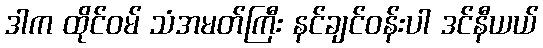
ဒါက ထိုင်ဝမ် သံအမတ်ကြီး နင်ချင်ဝန်းပါ ဒင်နီယယ်